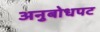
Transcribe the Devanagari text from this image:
अनुबोधपट